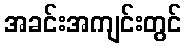
အခင်းအကျင်းတွင်